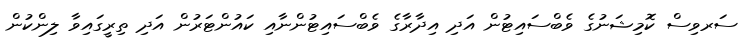
ސަރވިސް ކޮމިޝަނުގެ ވެބްސައިޓުން އަދި އިދާރާގެ ވެބްސައިޓުންނާއި ކައުންޓަރުން އަދި ތިރީގައިވާ ލިންކުން